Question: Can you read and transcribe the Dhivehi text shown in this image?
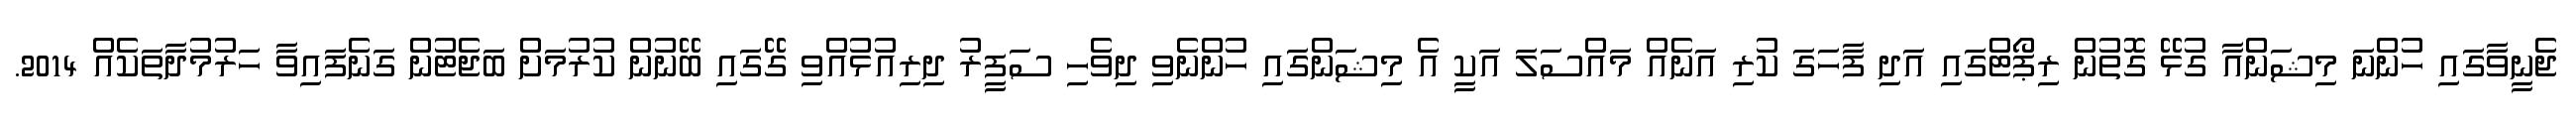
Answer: ޖެނީވާގައި ހުންނަ މިޝަންއާ ގުޅޭ ގޮތުން ރިޕޯޓްގައި އަދި ފާހަގަ ކުރި އަނެއް މައްސަލަ އަކީ އެ މިޝަންގައި ހުންނެވި ދިވެހި ސަފީރު ދިރިއުޅުއްވި ގޭގައި ބޭނުން ކުރުމަށް ބަޖެޓުން ގަނެފައިވާ ހަރުމުދާތަކެއް 2014.